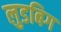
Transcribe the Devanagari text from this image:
लुडबिग